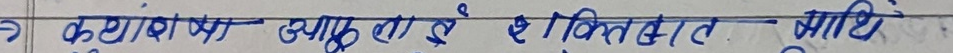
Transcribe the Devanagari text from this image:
क्यां श उप तो दै शेक्ति बत माधि